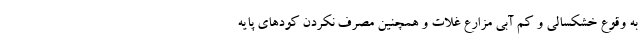
به وقوع خشکسالی و کم آبی مزارع غلات و همچنین مصرف نکردن کود‌های پایه